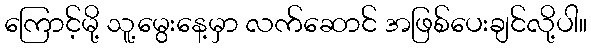
ကြောင့်မို့ သူ့မွေးနေ့မှာ လက်ဆောင် အဖြစ်ပေးချင်လို့ပါ။